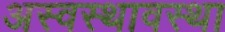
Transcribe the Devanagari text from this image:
अस्वस्थावस्था